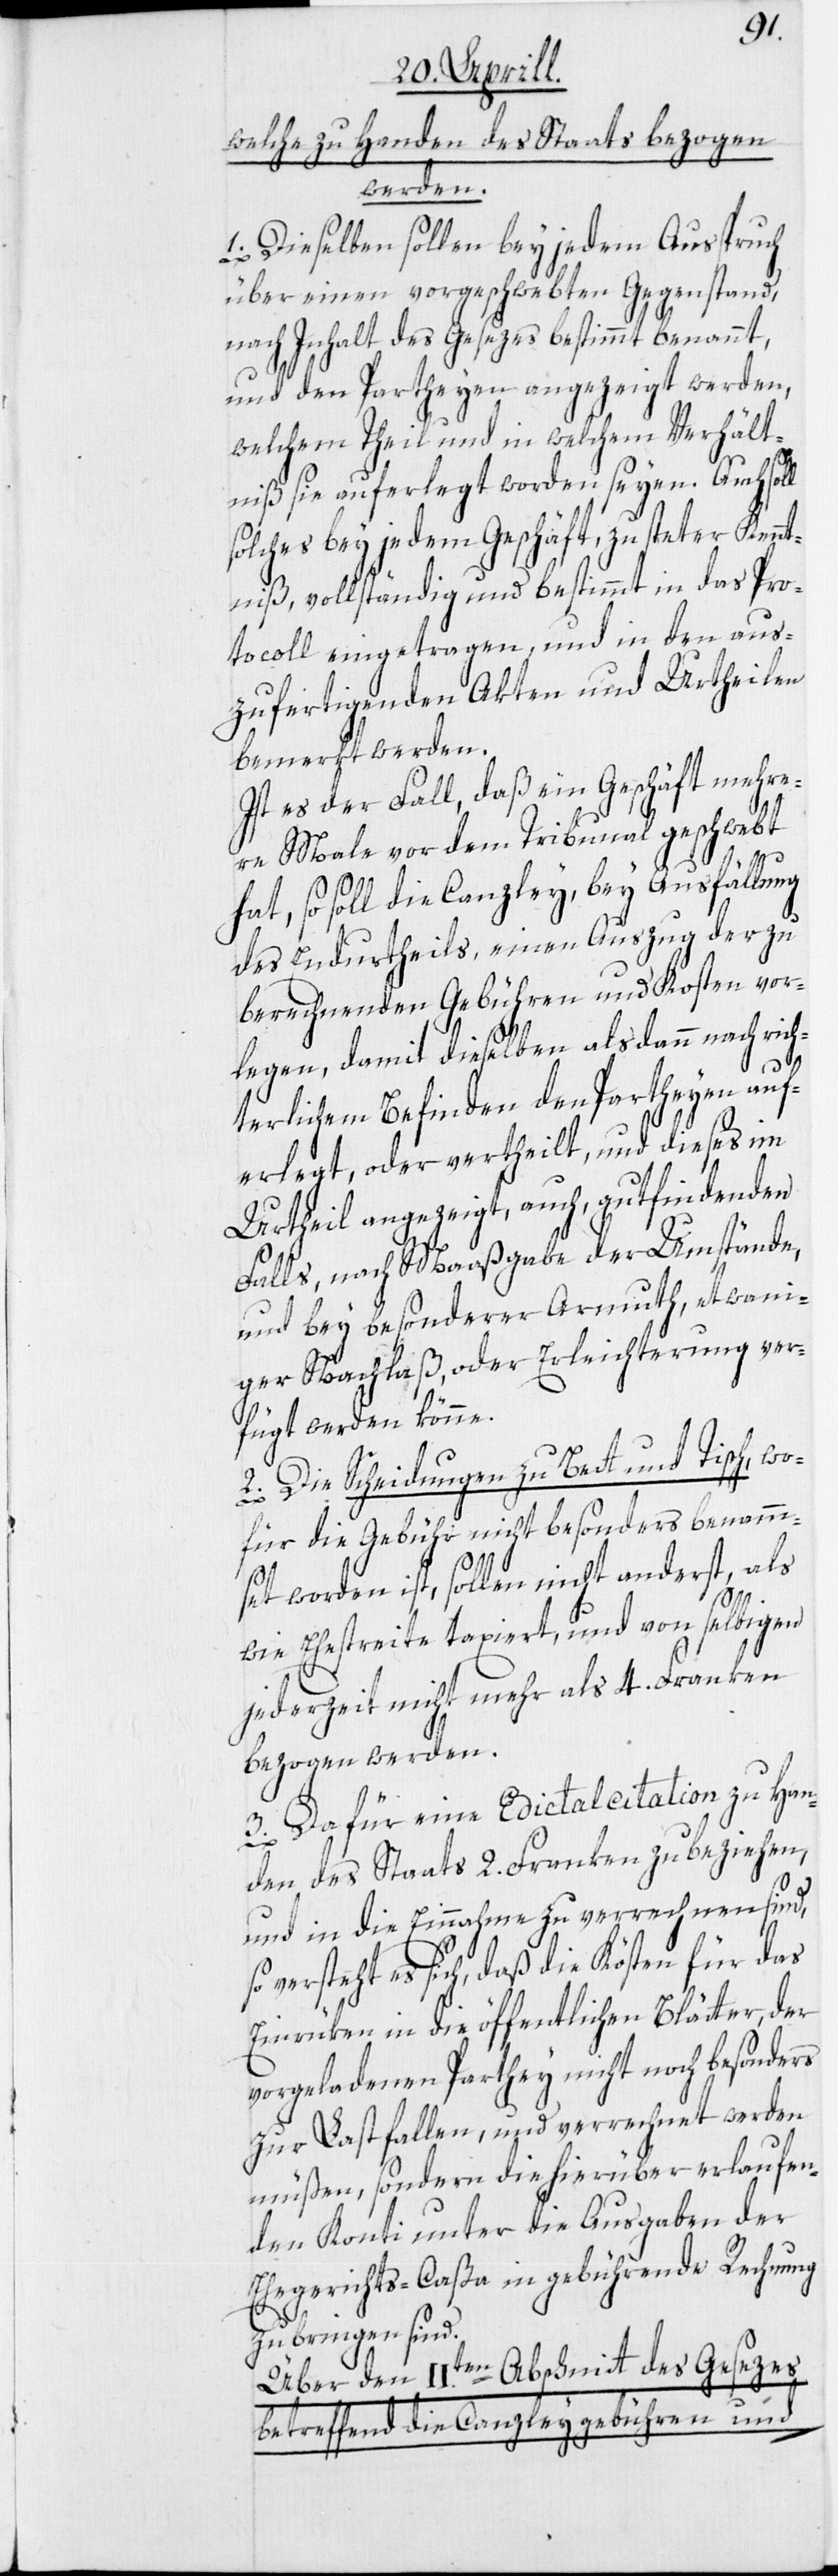
welche zu Handen des Staats bezogen
werden.
1. Dieselben sollen bey jedem Ausspruch
über einen vorgeschwebten Gegenstand,
nach Inhalt des Gesezes bestimmt benannt,
und den Partheyen angezeigt werden,
welchem Theil und in welchem Verhält¬
niß sie auferlegt worden seyen. Auch sol¬
solches bey jedem Geschäft, zu steter Kennt¬
niß, vollständig und bestimmt in das Pro¬
tocoll eingetragen, und in den aus¬
zufertigenden Akten und Urtheilen
bemerkt werden.
Ist es der Fall, daß ein Geschäft mehre¬
re Male vor dem Tribunal geschwebt
hat, so soll die Canzley, bey Ausfällung
des Endurtheils, einen Auszug der zu
berechnenden Gebühren und Kosten vor¬
legen, damit dieselben alsdann nach rich¬
d.
terlichem Befinden den Partheyen auf¬
erlegt, oder vertheilt, und dieses im
Urtheil angezeigt, auch, gutfindenden
Falls, nach Maaßgabe der Umstände,
und bey besonderer Armuth, etwani¬
ger Nachlaß, oder Erleichterung ver¬
fügt werden könne.
2. Die Scheidungen zu Bett und Tisch, wo¬
für die Gebühr nicht besonders benamm¬
set worden ist, sollen nicht anderst, als
wie Ehestreite taxiert, und von selbigen
jederzeit nicht mehr als 4. Franken
bezogen werden.
3. Da für eine Edictalcitation zu Han¬
den des Staats 2. Franken zu beziehen,
und in die Einnahme zu verrechnen sind,
versteht es sich, daß die Kösten für das
Einrüken in die öffentlichen Blätter, der
vorgeladenen Parthey nicht noch besonders
zur Last fallen, und verrechnet werden
müßen, sondern die hierüber erlaufen¬
den Konti unter die Ausgaben der
Ehegerichts-Caßa in gebührende Rechnung
zu bringen sin¬
Über den IIten Abschnitt des Gesezes
betreffend die Canzleygebühren und